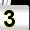
Digit: 3